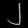
Digit: ၂